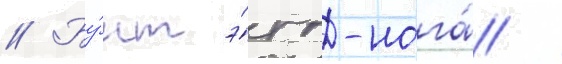
// Бу́нт э́гг-нога́ /